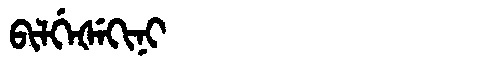
Manchu: ᠪᡳᠯᡤᡝᡧᡝᡴᡳᠨᡳ
Romanization: BILGEŠEKINI